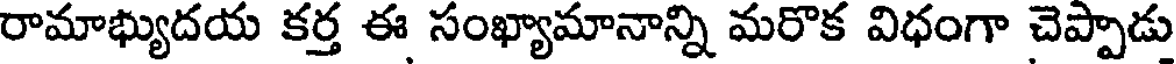
రామాభ్యుదయ కర్త ఈ సంఖ్యామానాన్ని మరొక విధంగా చెప్పాడు